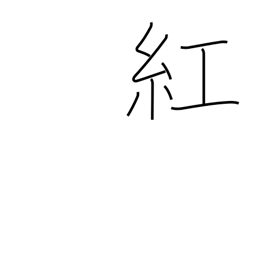
Meaning: crimson